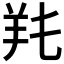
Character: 𦍓